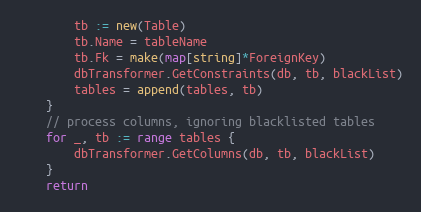
Language: Go
		tb := new(Table)
		tb.Name = tableName
		tb.Fk = make(map[string]*ForeignKey)
		dbTransformer.GetConstraints(db, tb, blackList)
		tables = append(tables, tb)
	}
	// process columns, ignoring blacklisted tables
	for _, tb := range tables {
		dbTransformer.GetColumns(db, tb, blackList)
	}
	return